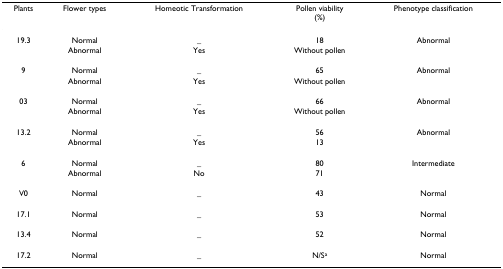
| Plants | Flower types | Homeotic Transformation | Pollen viability(%) | Phenotype classification |
 | --- | --- | --- | --- | --- |
 | 19.3 | Normal | _ | 18 | Abnormal |
 |  | Abnormal | Yes | Without pollen |  |
 | 9 | Normal | _ | 65 | Abnormal |
 |  | Abnormal | Yes | Without pollen |  |
 | 03 | Normal | _ | 66 | Abnormal |
 |  | Abnormal | Yes | Without pollen |  |
 | 13.2 | Normal | _ | 56 | Abnormal |
 |  | Abnormal | Yes | 13 |  |
 | 6 | Normal | _ | 80 | Intermediate |
 |  | Abnormal | No | 71 |  |
 | V0 | Normal | _ | 43 | Normal |
 | 17.1 | Normal | _ | 53 | Normal |
 | 13.4 | Normal | _ | 52 | Normal |
 | 17.2 | Normal | _ | N/Sa | Normal |